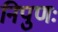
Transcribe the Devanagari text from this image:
निपुणः